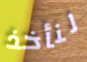
لنأخذ